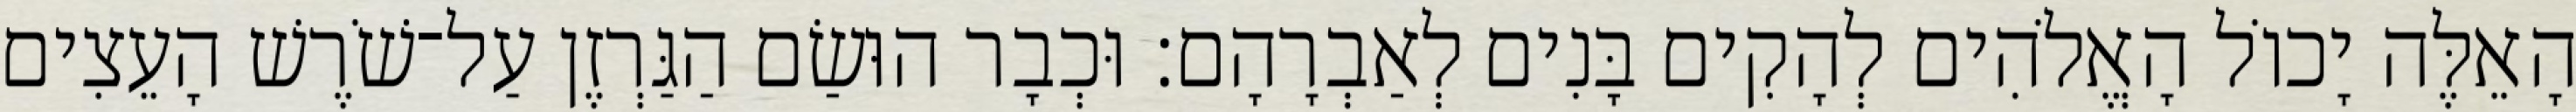
הָאֵלֶּה יָכוֹל הָאֱלֹהִים לְהָקִים בָּנִים לְאַבְרָהָם׃ וּכְבָר הוּשַׂם הַגַּרְזֶן עַל־שֹׁרֶשׁ הָעֵצִים